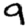
Digit: 9